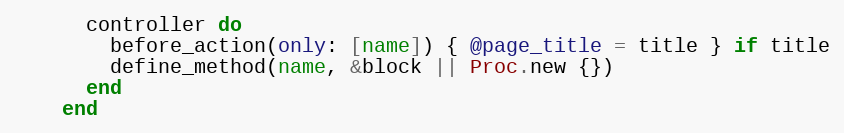
Language: Ruby
      controller do
        before_action(only: [name]) { @page_title = title } if title
        define_method(name, &block || Proc.new {})
      end
    end